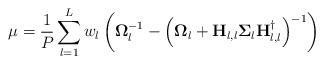
LaTeX: \begin{align*}\mu & =\frac{1}{P_{}}\sum_{l=1}^{L}w_{l}\left(\mathbf{\Omega}_{l}^{-1}-\left(\mathbf{\Omega}_{l}+\mathbf{H}_{l,l}\mathbf{\Sigma}_{l}\mathbf{H}_{l,l}^{\dagger}\right)^{-1}\right)\end{align*}